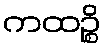
ကထဉ္စိ